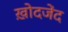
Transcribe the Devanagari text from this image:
ख़ोदजेंद